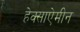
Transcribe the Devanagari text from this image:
हेक्साऐमीन